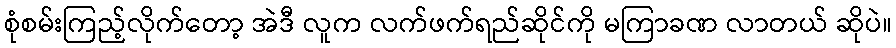
စုံစမ်းကြည့်လိုက်တော့ အဲဒီ လူက လက်ဖက်ရည်ဆိုင်ကို မကြာခဏ လာတယ် ဆိုပဲ။